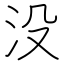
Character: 没